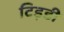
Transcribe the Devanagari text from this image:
टिड़डी